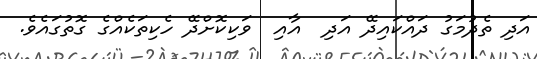
އަދި ތެދުމަގު ދައްކައިދޭ އަދި  އާއި  ވަކިކޮށްދޭ ހެކިތަކެއްގެ ގޮތުގައެވެ.